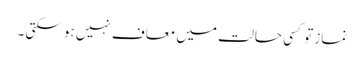
نماز تو کسی حالت میں معاف نہیں ہو سکتی ۔